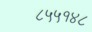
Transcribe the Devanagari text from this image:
८५५१४८